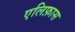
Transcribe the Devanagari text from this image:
एलिफ़ास